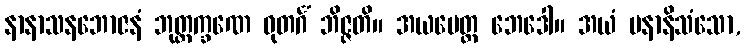
နာနာသနဘောဇနံ ဘုတ္တက္ခဏေ ဓုတင်္ဂံ ဘိဇ္ဇတိ။ အယမေတ္ထ ဘေဒေါ။ အယံ ပနာနိသံသော,